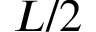
L / 2